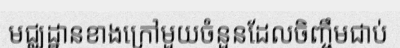
មជ្ឈដ្ឋានខាងក្រៅមួយចំនួនដែលចិញ្ចឹមជាប់